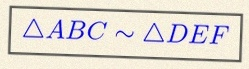
\triangle ABC\sim\triangle DEF